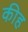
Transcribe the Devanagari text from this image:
कीह